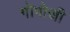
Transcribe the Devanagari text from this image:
गोगोजी